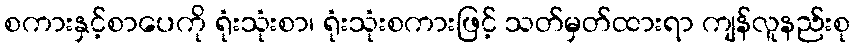
စကားနှင့်စာပေကို ရုံးသုံးစာ၊ ရုံးသုံးစကားဖြင့် သတ်မှတ်ထားရာ ကျန်လူနည်းစု